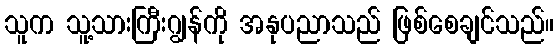
သူက သူ့သားကြီးဂျွန်ကို အနုပညာသည် ဖြစ်စေချင်သည်။